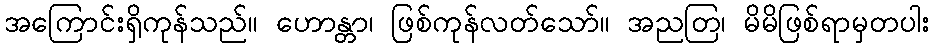
အကြောင်းရှိကုန်သည်။ ဟောန္တာ၊ ဖြစ်ကုန်လတ်သော်။ အညတြ၊ မိမိဖြစ်ရာမှတပါး